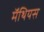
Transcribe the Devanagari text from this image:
मॅथियस